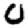
Digit: 0